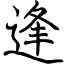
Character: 逢